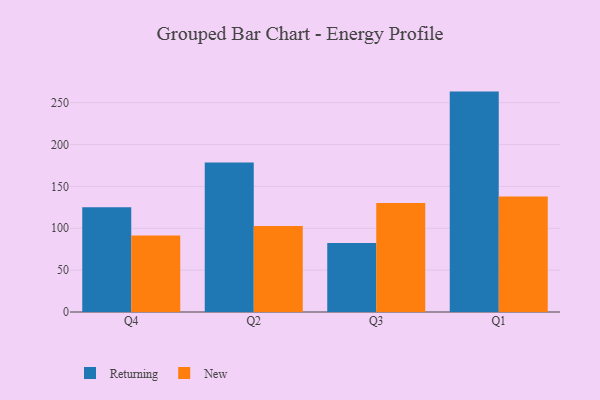
{"axis": {"x": "Quarter", "y": "Headcount"}, "legend": ["New", "Returning"], "data": [{"x": "Q4", "y": 125.0, "type": "Returning"}, {"x": "Q4", "y": 91.5, "type": "New"}, {"x": "Q2", "y": 178.5, "type": "Returning"}, {"x": "Q2", "y": 102.7, "type": "New"}, {"x": "Q3", "y": 82.5, "type": "Returning"}, {"x": "Q3", "y": 130.3, "type": "New"}, {"x": "Q1", "y": 263.3, "type": "Returning"}, {"x": "Q1", "y": 138.1, "type": "New"}]}